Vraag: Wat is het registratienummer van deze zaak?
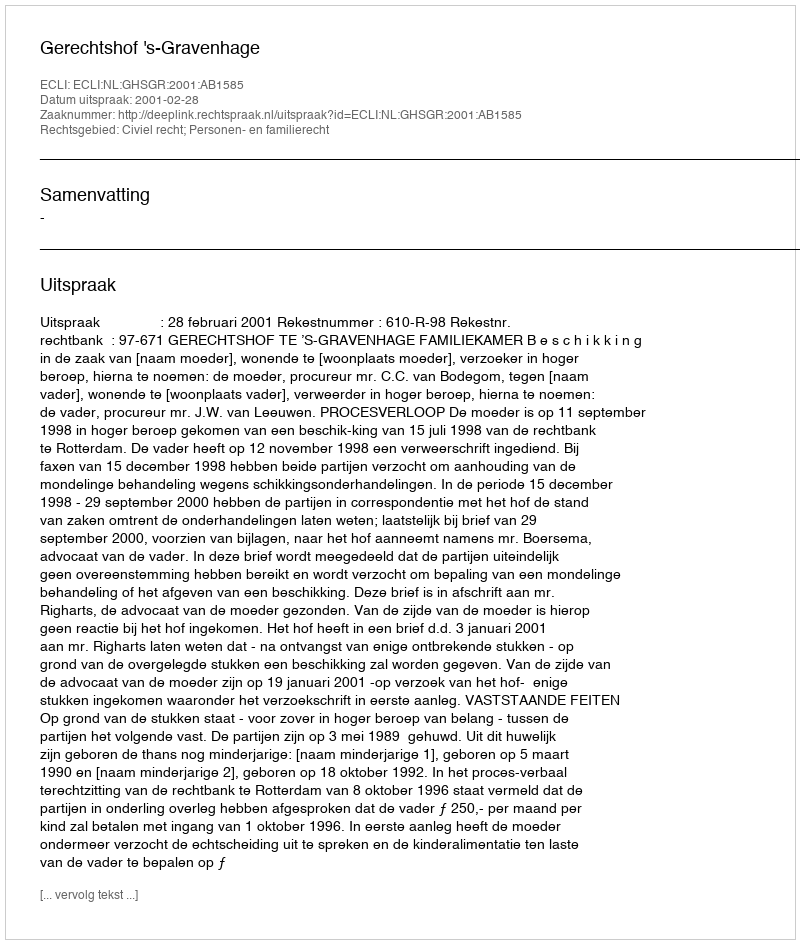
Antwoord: http://deeplink.rechtspraak.nl/uitspraak?id=ECLI:NL:GHSGR:2001:AB1585